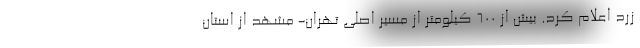
زرد اعلام کرد. بیش از ۶۰۰ کیلومتر از مسیر اصلی تهران- مشهد از استان